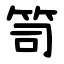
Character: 笥